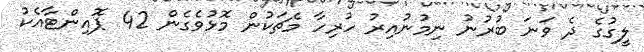
ލީގުގެ ދެ ވަނަ ބުރުނު ނިމުނުއިރު ހުރިހާ މެޗަކުން މޮޅުވެގެން 42 ޕޮއިންޓާއެކު